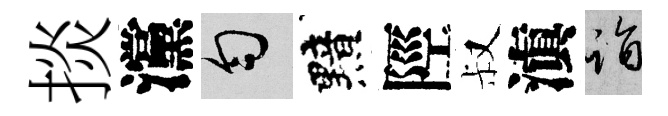
掞灙匀黯陘叔滇诣